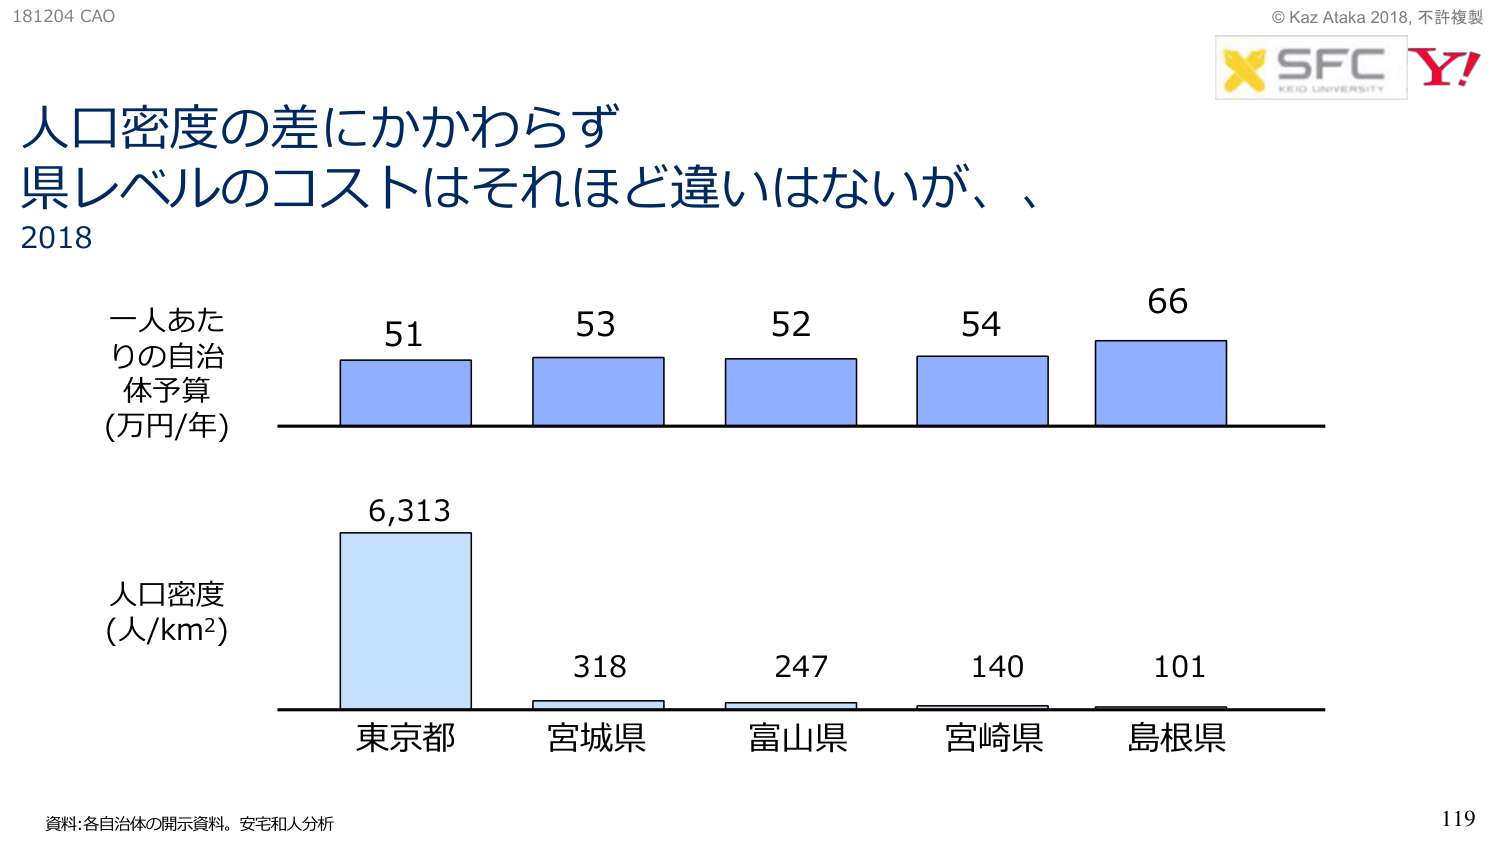
181204 CAO
© Kaz Ataka 2018, 不許複製
SFC
KEIO UNIVERSITY
Y!

人口密度の差にかかわらず
県レベルのコストはそれほど違いはないが、
2018

一人あたりの自治体予算
(万円/年)
51
53
52
54
66

人口密度
(人/km²)
6,313
318
247
140
101

東京都
宮城県
富山県
宮崎県
島根県

資料: 各自治体の開示資料。安宅和人分析
119